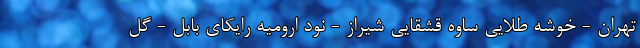
تهران - خوشه طلایی ساوه قشقایی شیراز - نود ارومیه رایکای بابل - گل